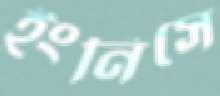
ইংনিসে